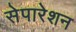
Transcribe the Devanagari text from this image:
सेपारेशन